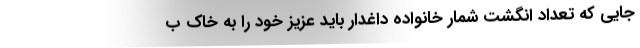
جایی که تعداد انگشت شمار خانواده داغدار باید عزیز خود را به خاک ب